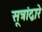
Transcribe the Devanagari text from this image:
सूत्रांद्वारे